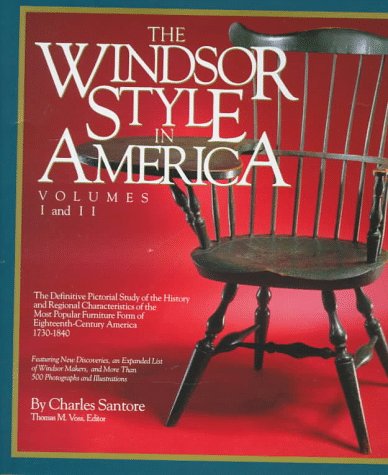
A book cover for The Windsor Style in America: The Definitive Pictorial Study of the History and Regional Characteristics of the Most Popular Furniture Form of 18th Century America 1730-1840 (Vol 1 & 2); Charles Santore; Arts & Photography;